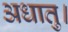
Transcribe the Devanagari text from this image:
अधातु।